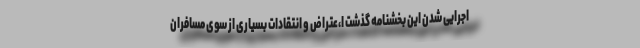
اجرایی شدن این بخشنامه گذشت ا،عتراض و انتقادات بسیاری از سوی مسافران